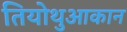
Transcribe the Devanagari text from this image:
तियोथुआकान